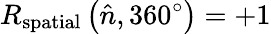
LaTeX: R_{\mathrm{spatial}}\left({\hat{n}},360^{\circ}\right)=+1